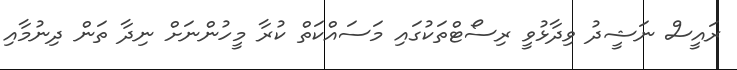
ރައީސް ނަޝީދު ވިދާޅުވީ ރިސޯޓްތަކުގައި މަސައްކަތް ކުރާ މީހުންނަށް ނިދާ ތަން ދިނުމާއި